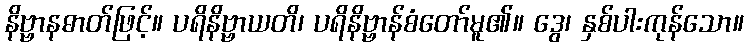
နိဗ္ဗာနဓာတ်ဖြင့်။ ပရိနိဗ္ဗာယတိ၊ ပရိနိဗ္ဗာန်စံတော်မူ၏။ ဒွေ၊ နှစ်ပါးကုန်သော။